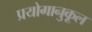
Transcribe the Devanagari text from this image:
प्रयोगानुकूल